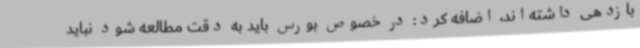
بازدهی داشته‌اند، اضافه کرد: در خصوص بورس باید به دقت مطالعه شود نباید